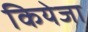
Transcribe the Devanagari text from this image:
कियेजा